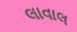
લાવાલ